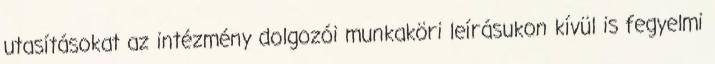
utasításokat az intézmény dolgozói munkaköri leírásukon kívül is fegyelmi